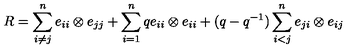
R = \sum _ { i \ne j } ^ { n } e _ { i i } \otimes e _ { j j } + \sum _ { i = 1 } ^ { n } q e _ { i i } \otimes e _ { i i } + ( q - q ^ { - 1 } ) \sum _ { i < j } ^ { n } e _ { j i } \otimes e _ { i j }